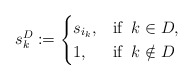
\begin{align*}s_k^D := \begin{cases}s_{i_k}, &\mbox{if} \; \; k \in D,\\1, &\mbox{if} \; \; k \notin D\end{cases} \end{align*}